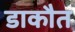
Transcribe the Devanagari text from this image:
डाकौत